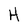
Character: H